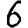
Digit: 6